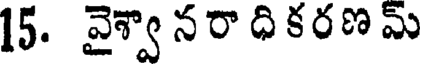
15. వైశ్వా నరా ధి కరణ మ్